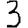
Digit: 3